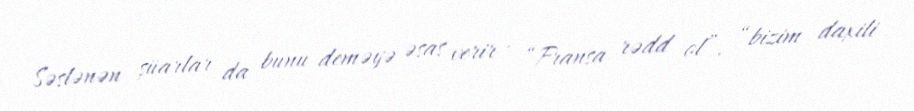
Səslənən şüarlar da bunu deməyə əsas verir - “Fransa rədd ol”, “bizim daxili